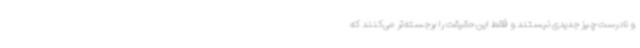
و نادرست چیز جدیدی نیستند و فقط این حقیقت را برجسته‌تر می‌کنند که